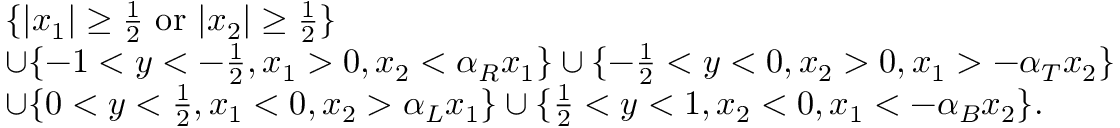
\begin{array} { r l } & { \{ | x _ { 1 } | \geq \frac { 1 } { 2 } \mathrm { ~ o r ~ } | x _ { 2 } | \geq \frac { 1 } { 2 } \} } \\ & { \cup \{ - 1 < y < - \frac { 1 } { 2 } , x _ { 1 } > 0 , x _ { 2 } < \alpha _ { R } x _ { 1 } \} \cup \{ - \frac { 1 } { 2 } < y < 0 , x _ { 2 } > 0 , x _ { 1 } > - \alpha _ { T } x _ { 2 } \} } \\ & { \cup \{ 0 < y < \frac { 1 } { 2 } , x _ { 1 } < 0 , x _ { 2 } > \alpha _ { L } x _ { 1 } \} \cup \{ \frac { 1 } { 2 } < y < 1 , x _ { 2 } < 0 , x _ { 1 } < - \alpha _ { B } x _ { 2 } \} . } \end{array}